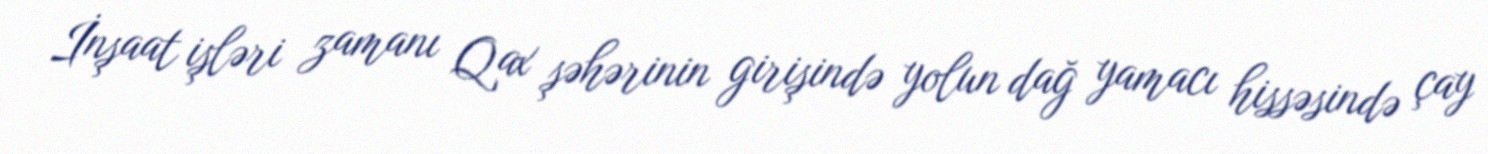
İnşaat işləri zamanı Qax şəhərinin girişində yolun dağ yamacı hissəsində çay